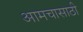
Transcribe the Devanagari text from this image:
आमचासाठी